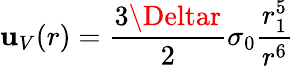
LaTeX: \mathbf{u}_{V}(r)=\frac{{3\Deltar}}{{2}}\sigma_{0}\frac{{r_{1}^{5}}}{{r^{6}}}